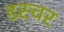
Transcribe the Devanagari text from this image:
डस्चर